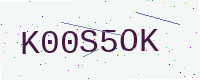
Text: K00S5OK